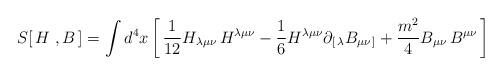
LaTeX: \begin{align*}S[\, H\ , B\,]= \int d^4x\left[\, {1\over 12} H_{\lambda\mu\nu} \, H^{\lambda\mu\nu} -{1\over 6}H^{\lambda\mu\nu}\partial_{[\, \lambda} B_{\mu\nu\,]} +{m^2\over 4} B_{\mu\nu}\, B^{\mu\nu} \,\right]\end{align*}